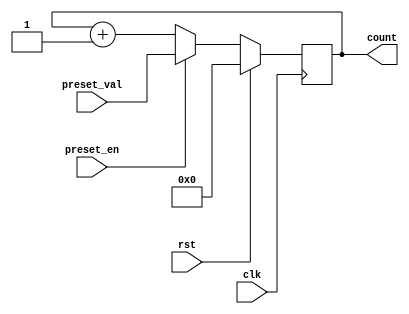
module presettable_counter (
    input wire clk,             // Clock input
    input wire rst,             // Active-high reset
    input wire preset_en,       // Preset enable signal
    input wire [7:0] preset_val,// Preset value (8-bit)
    output reg [7:0] count      // Count output (8-bit)
);

// Always block triggered on the rising edge of the clock
always @(posedge clk) begin
    if (rst) begin
        // Reset the counter to zero
        count <= 8'b0;
    end else if (preset_en) begin
        // Load the preset value into the counter
        count <= preset_val;
    end else begin
        // Increment the counter on each clock pulse
        count <= count + 1;
    end
end

endmodule